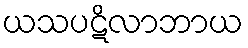
ယသပဋိလာဘာယ